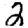
Digit: 2